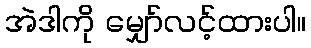
အဲဒါကို မျှော်လင့်ထားပါ။